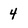
Character: 4